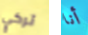
تركي أنا